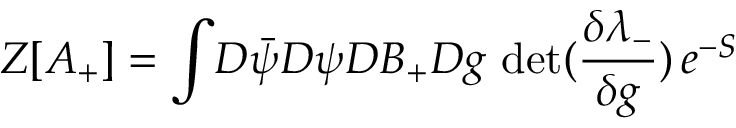
Z [ A _ { + } ] = \int \! D \bar { \psi } D \psi D B _ { + } D g \, \, \mathrm { d e t } ( \frac { \delta \lambda _ { - } } { \delta g } ) \, e ^ { - S }